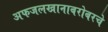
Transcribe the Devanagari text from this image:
अफजलखानाबरोबरचे